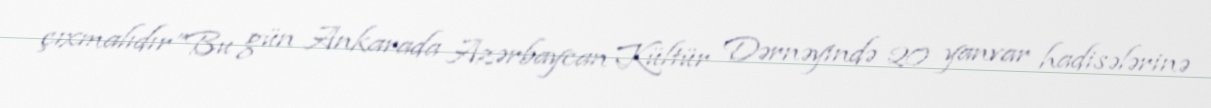
çıxmalıdır”Bu gün Ankarada Azərbaycan Kültür Dərnəyində 20 yanvar hadisələrinə